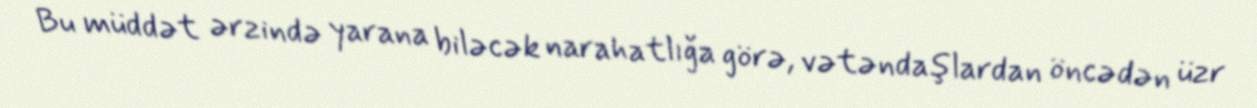
Bu müddət ərzində yarana biləcək narahatlığa görə, vətəndaşlardan öncədən üzr